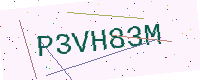
Text: P3VH83M